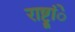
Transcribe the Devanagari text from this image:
राष्ट्रांे